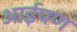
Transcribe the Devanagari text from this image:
आईपण